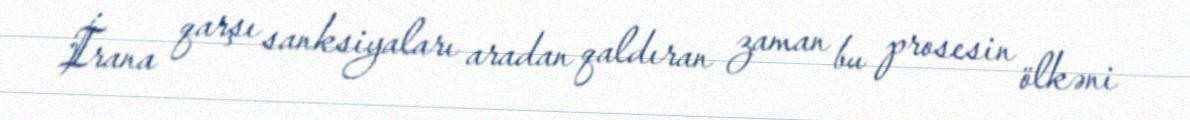
İrana qarşı sanksiyaları aradan qaldıran zaman bu prosesin ölkəni